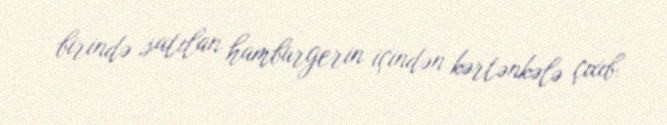
birində satılan hamburgerin içindən kərtənkələ çıxıb.